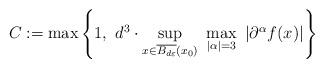
LaTeX: \begin{align*} C := \max \left\{ 1, \,\, d^{3} \cdot \sup_{x\in\overline{B_{d\varepsilon}}\left(x_{0}\right)} \,\, \max_{\left|\alpha\right|=3} \,\, \left| \partial^{\alpha} f(x) \right| \right\}\end{align*}